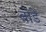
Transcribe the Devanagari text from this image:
बोंडें